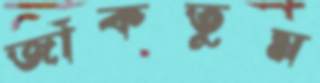
জাঁকতুম